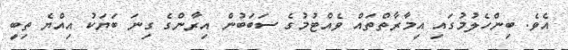
އެވެ. ބިންހެލުމުގައި އިމާރާތްތައް ވެއްޓުމުގެ ސަބަބުން އިރާންގެ ގިނަ ބަޔަކު އިއްޔެ ތިބީ